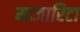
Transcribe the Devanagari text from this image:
माजारिटा